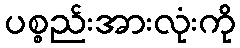
ပစ္စည်းအားလုံးကို